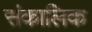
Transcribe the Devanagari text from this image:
संकालिक